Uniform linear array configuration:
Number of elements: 4
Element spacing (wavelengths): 0.75
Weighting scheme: hamming
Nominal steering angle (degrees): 15
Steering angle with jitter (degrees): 15.504
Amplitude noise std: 0.05
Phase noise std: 0.05

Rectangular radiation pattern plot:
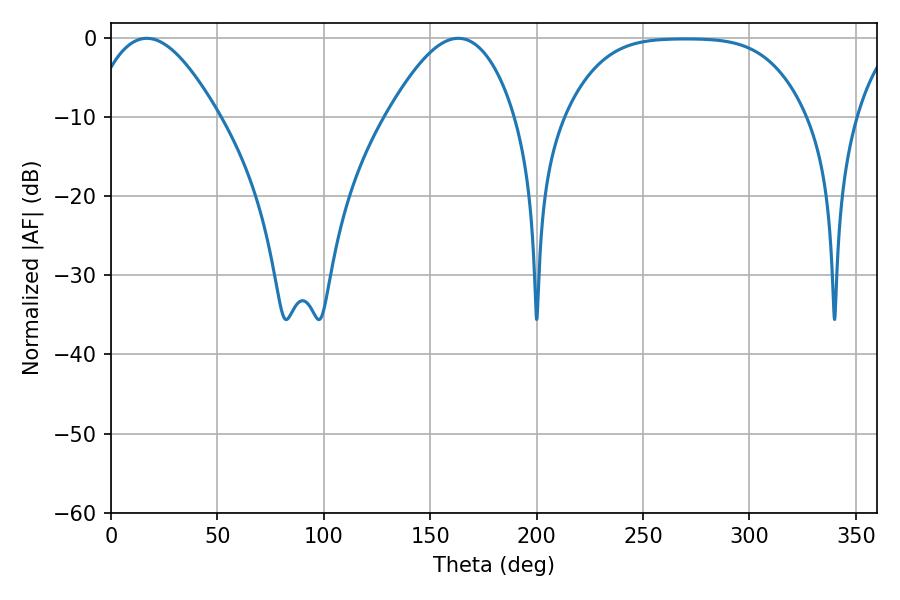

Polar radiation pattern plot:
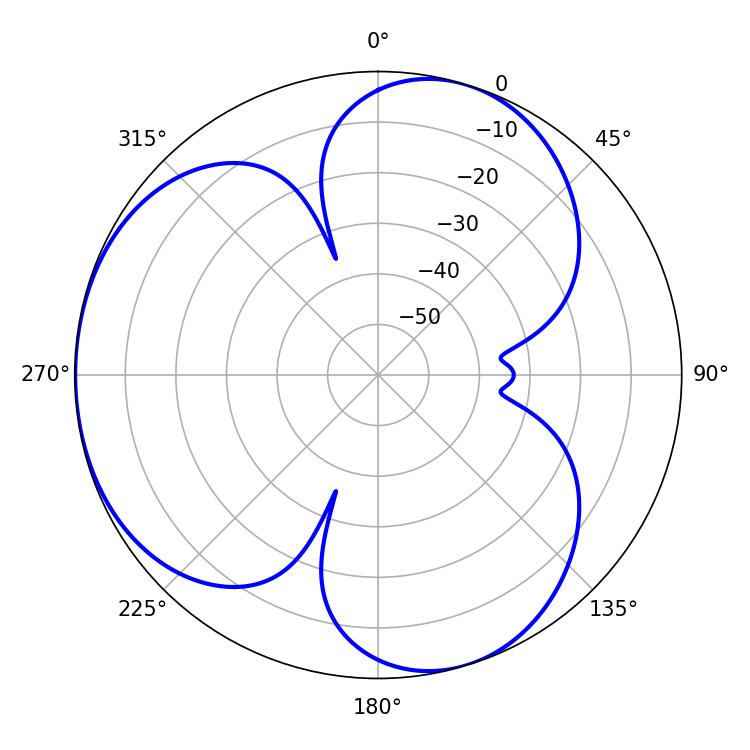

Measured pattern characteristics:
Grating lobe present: TRUE
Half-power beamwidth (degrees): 32.76
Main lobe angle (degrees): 16.74